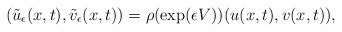
LaTeX: \begin{align*}(\tilde{u}_\epsilon(x,t), \tilde{v}_\epsilon(x,t))=\rho(\mathrm{exp}(\epsilon V))(u(x,t),v(x,t)),\end{align*}